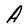
Character: A